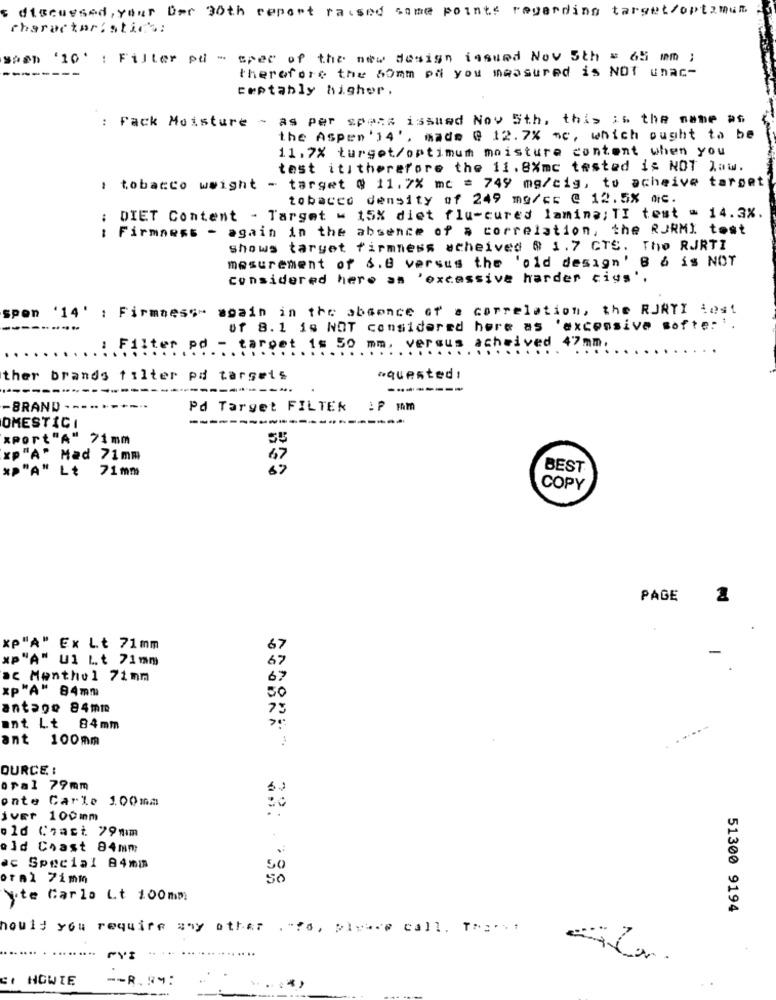
discussed, your Der 30th report raised come points regarding target/optimum
characteristics:
wash '10': Filter pd - spec of the new design issued Nov 5th = 65 mm ;
therefore the Somm pa you measured is NOT unac-
ceptably higher.
: Pack Moisture - as per specs issued Nov 5th, this is the name as
the Aspen '14', made @ 12. 7% mc, which ought to be
11.7% turget/optimum moisture content when you
test ititherefore the 11.8%mc tested is NOT law.
: tobacco wwight - target @ 11.7% mc = 749 mg/cig, to acheive target
tobacco density of 249 mg/cs @ 12.5% mc.
DIET Content - Target = 15% diet flu-cured lamina; TI test - 14.3%.
: Firmness - again in the absence of a correlation, the RJRMI tost
Shows target firmness acheived @ 1.7 GTS. The RJRTI
mesurement of 6.8 versus the 'old design' B & is NOT
considered here an 'excessive harder cigs'.
spon '14' : Firmness- again in the absence of a correlation, the RUNTI Lost
-----
--
of 8.1 is NOT considered here as 'excessive softer '.
.......
: Filter pd - target is 50 mm, versus acheived 47mm.
ther brands filter pd targets
"quested!
.-...
----
-BRAND
Pd Target FILTER
OMESTICI
xport"A" 71mm
XP"A" Mad 71mm
"P"A" Lt 71mm
BEST
COPY
PAGE
2
XP"A" Ex Lt 71mm
67
"P"A" Ul Lt 71mm
67
ac Menthol 71mm
67
xp"A" 84mm
antage 84mm
ont Lt 84mm
ant 100mm
OURCE. :
oral 79mm
onte
Carle 100mm
iver 100mm
old Crast 79mm
old Coast 84mm
ac Special 84mm
So
oral 72mm
50
Yote Carla Lt 100mm
51300 9194
hould you require any other . "?o, plusce call. The ...
....
C. HOWIE